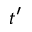
t ^ { \prime }